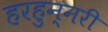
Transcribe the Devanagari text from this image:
हरहुन्‍नरी